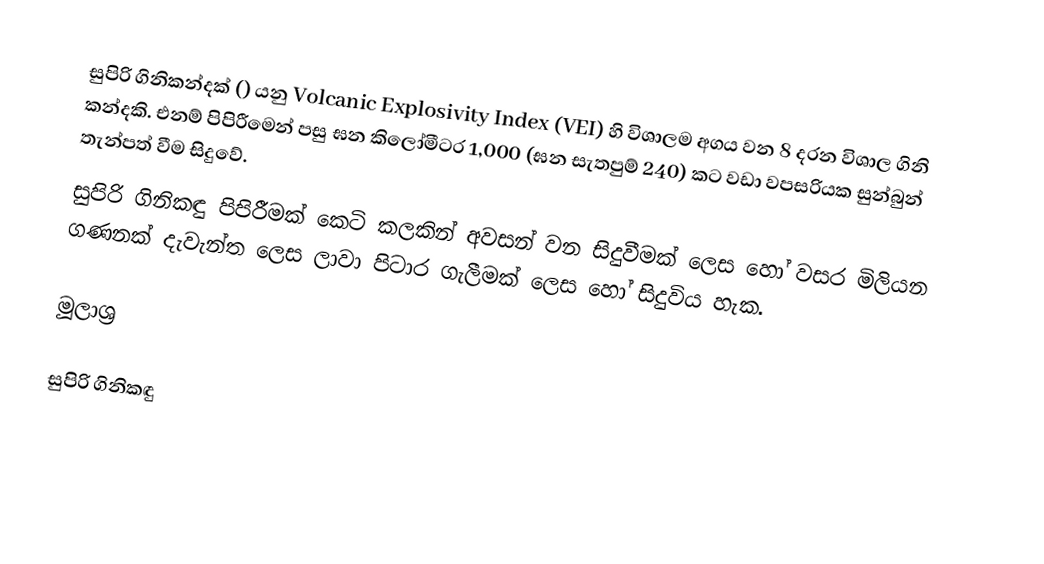
සුපිරි ගිනිකන්දක්  () යනු Volcanic Explosivity Index (VEI) හි විශාලම අගය වන 8 දරන විශාල ගිනි කන්දකි. එනම් පිපිරීමෙන් පසු ඝන කිලෝමීටර 1,000 (ඝන සැතපුම් 240) කට වඩා වපසරියක සුන්බුන් තැන්පත් වීම සිදුවේ.
සුපිරි ගිනිකඳු පිපිරීමක් කෙටි කලකින් අවසන් වන සිදුවීමක් ලෙස හෝ වසර මිලියන ගණනක් දැවැන්ත ලෙස ලාවා පිටාර ගැලීමක් ලෙස හෝ සිදුවිය හැක.

මූලාශ්‍ර

සුපිරි ගිනිකඳු